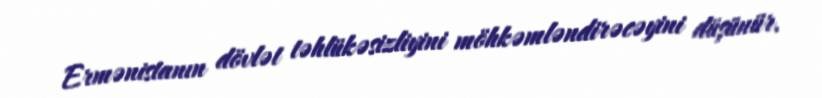
Ermənistanın dövlət təhlükəsizliyini möhkəmləndirəcəyini düşünür.